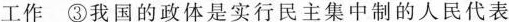
工作③我国的政体是实行民主集中制的人民代表